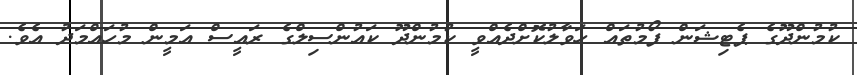
ކުމުންދޫގެ ޕެޓިޝަން ފޯމުތައް ހަވާލުކޮށްދެއްވީ ކުމުންދޫ ކައުންސިލްގެ ރައީސް އަމީން މުހައްމަދު އެވެ.